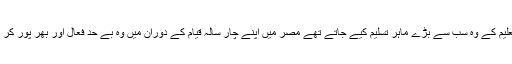
دنیا میں فاصلاتی تعلیم کے وہ سب سے بڑے ماہر تسلیم کیے جاتے تھے مصر میں اپنے چار سالہ قیام کے دوران میں وہ بے حد فعال اور بھر پور کر دار ادا کرتے رہے۔